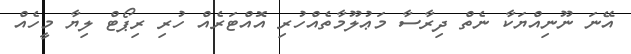
އޭނަ ނޫނިއްޔަކާ ނެތް ދިރާސާ މަޢުލޫމާތެއްހުރި އޮއްޓަރެއް ހުރި ރިޕޯޓް ލިޔާ މީހެއް